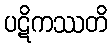
ပဋိကဿတိ